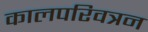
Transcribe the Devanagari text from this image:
कालपरिवत्रन